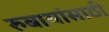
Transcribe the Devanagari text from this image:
रुबायांसाठी